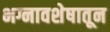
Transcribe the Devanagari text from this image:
भग्नावशेषातून